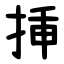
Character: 挿